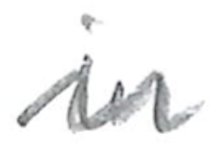
Text: in
Cross-out: zig-zag
Writing tool: pencil